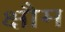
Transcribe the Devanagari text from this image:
क्षौम